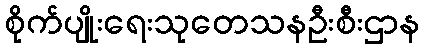
စိုက်ပျိုးရေးသုတေသနဦးစီးဌာန